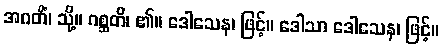
အဂတိံ၊ သို့။ ဂစ္ဆတိ၊ ၏။ ဒေါသေန၊ ဖြင့်။ ဒေါသာ ဒေါသေန၊ ဖြင့်။